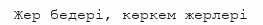
Жер бедері, көркем жерлері